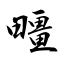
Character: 疅